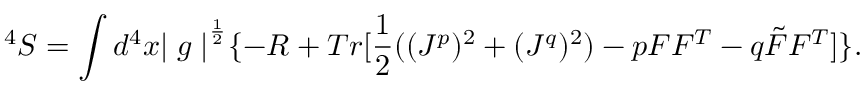
^ 4 S = \int d ^ { 4 } x { \mid g \mid } ^ { \frac { 1 } { 2 } } \{ - R + T r [ \frac { 1 } { 2 } ( ( J ^ { p } ) ^ { 2 } + ( J ^ { q } ) ^ { 2 } ) - p F F ^ { T } - q \tilde { F } F ^ { T } ] \} .